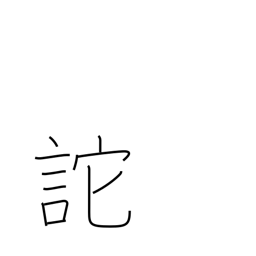
Meaning: delude